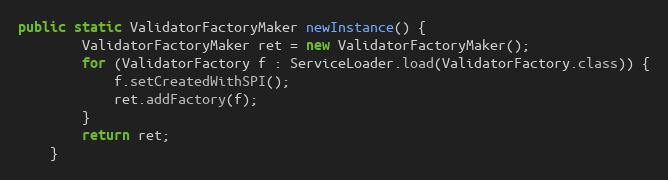
Language: Java
public static ValidatorFactoryMaker newInstance() {
		ValidatorFactoryMaker ret = new ValidatorFactoryMaker();
		for (ValidatorFactory f : ServiceLoader.load(ValidatorFactory.class)) {
			f.setCreatedWithSPI();
			ret.addFactory(f);
		}
		return ret;
	}